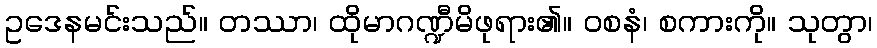
ဥဒေနမင်းသည်။ တဿာ၊ ထိုမာဂဏ္ဍီမိဖုရား၏။ ဝစနံ၊ စကားကို။ သုတွာ၊